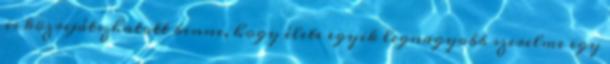
is közrejátszhatott benne, hogy élete egyik legnagyobb szerelme egy